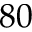
8 0